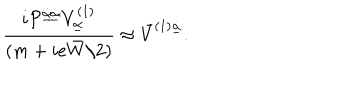
{ \displaystyle \frac { i { \cal P } ^ { \underline { { { \dot { \alpha } \alpha } } } } V _ { \underline { { \alpha } } } ^ { ( 1 ) } } { ( m + i e \bar { W } / 2 ) } \approx \bar { V } ^ { ( 1 ) \underline { { { \dot { \alpha } } } } } . }